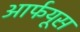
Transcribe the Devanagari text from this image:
आर्फयूस